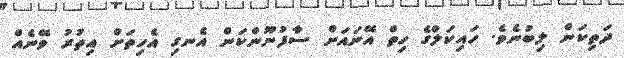
ދަތިކަން ލިބުނެވެ. ހައިކަލްގެ ހިތް އޭނައަށް ސާފުނޫންކަން އެނގި އެހިތަށް އިތުރު ވޭނެއް